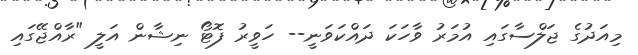
މިއަދުގެ ޖަލްސާގައި އުމަރު ވާހަކަ ދައްކަވަނީ-- ހަވީރު ފޮޓޯ ނިޝާން އަލީ "ރާއްޖޭގައި